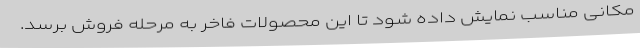
مکانی مناسب نمایش داده شود تا این محصولات فاخر به مرحله فروش برسد.